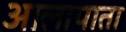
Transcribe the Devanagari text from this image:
आलापाता